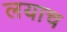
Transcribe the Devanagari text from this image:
लयाच